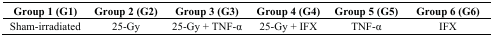
<table><thead><tr><td><b>Group 1 (G1)</b></td><td><b>Group 2 (G2)</b></td><td><b>Group 3 (G3)</b></td><td><b>Group 4 (G4)</b></td><td><b>Group 5 (G5)</b></td><td><b>Group 6 (G6)</b></td></tr></thead><tbody><tr><td>Sham-irradiated</td><td>25-Gy</td><td>25-Gy + TNF-α</td><td>25-Gy + IFX</td><td>TNF-α</td><td>IFX</td></tr></tbody></table>